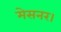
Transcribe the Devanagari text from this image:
मेसनर।